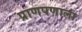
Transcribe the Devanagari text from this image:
प्राणपणाला